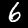
Label: 6